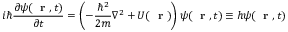
i \hbar \frac { \partial \psi ( \mathrm { ~ \bf ~ r ~ } , t ) } { \partial t } = \left( - \frac { \hbar ^ { 2 } } { 2 m } \nabla ^ { 2 } + U ( \mathrm { ~ \bf ~ r ~ } ) \right) \psi ( \mathrm { ~ \bf ~ r ~ } , t ) \equiv h \psi ( \mathrm { ~ \bf ~ r ~ } , t )